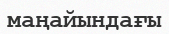
маңайындағы